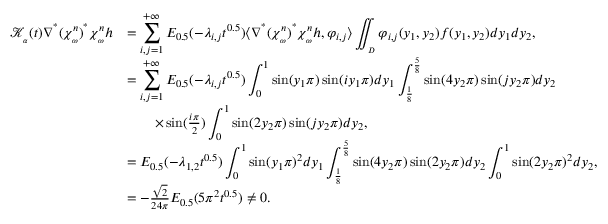
\begin{array} { r l } { \mathcal { K } _ { _ \alpha } ( t ) \nabla ^ { ^ * } ( \chi _ { _ \omega } ^ { n } ) ^ { ^ * } \chi _ { _ \omega } ^ { n } h } & { = \displaystyle \sum _ { i , j = 1 } ^ { + \infty } E _ { 0 . 5 } ( - \lambda _ { i , j } t ^ { 0 . 5 } ) \langle \nabla ^ { ^ * } ( \chi _ { _ \omega } ^ { n } ) ^ { ^ * } \chi _ { _ \omega } ^ { n } h , \varphi _ { i , j } \rangle \displaystyle \iint _ { _ D } \varphi _ { i , j } ( y _ { 1 } , y _ { 2 } ) f ( y _ { 1 } , y _ { 2 } ) d y _ { 1 } d y _ { 2 } , } \\ & { = \displaystyle \sum _ { i , j = 1 } ^ { + \infty } E _ { 0 . 5 } ( - \lambda _ { i , j } t ^ { 0 . 5 } ) \int _ { 0 } ^ { 1 } \sin ( y _ { 1 } \pi ) \sin ( i y _ { 1 } \pi ) d y _ { 1 } \int _ { \frac { 1 } { 8 } } ^ { \frac { 5 } { 8 } } \sin ( 4 y _ { 2 } \pi ) \sin ( j y _ { 2 } \pi ) d y _ { 2 } } \\ & { \qquad \times \sin ( \frac { i \pi } { 2 } ) \displaystyle \int _ { 0 } ^ { 1 } \sin ( 2 y _ { 2 } \pi ) \sin ( j y _ { 2 } \pi ) d y _ { 2 } , } \\ & { = E _ { 0 . 5 } ( - \lambda _ { 1 , 2 } t ^ { 0 . 5 } ) \displaystyle \int _ { 0 } ^ { 1 } \sin ( y _ { 1 } \pi ) ^ { 2 } d y _ { 1 } \int _ { \frac { 1 } { 8 } } ^ { \frac { 5 } { 8 } } \sin ( 4 y _ { 2 } \pi ) \sin ( 2 y _ { 2 } \pi ) d y _ { 2 } \int _ { 0 } ^ { 1 } \sin ( 2 y _ { 2 } \pi ) ^ { 2 } d y _ { 2 } , } \\ & { = - \frac { \sqrt { 2 } } { 2 4 \pi } E _ { 0 . 5 } ( 5 \pi ^ { 2 } t ^ { 0 . 5 } ) \neq 0 . } \end{array}